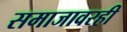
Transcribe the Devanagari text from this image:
समाजावरही